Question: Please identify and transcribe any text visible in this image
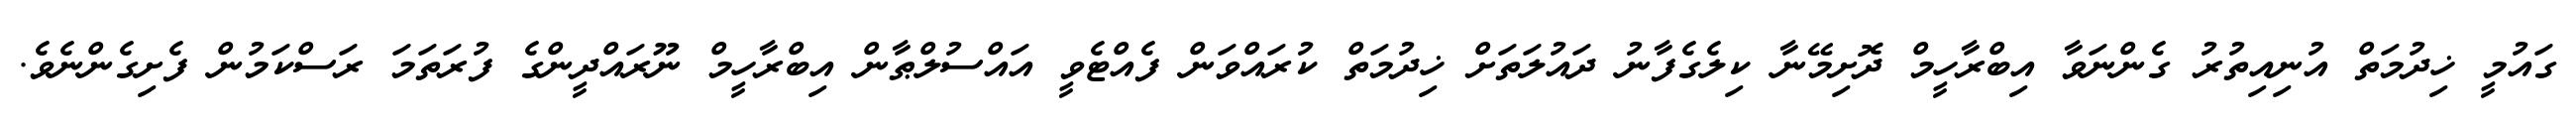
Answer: ގައުމީ ޚިދުމަތް އުނިއިތުރު ގެންނަވާ އިބްރާހީމް ދޮށިމޭނާ ކިލެގެފާނު ދައުލަތަށް ޚިދުމަތް ކުރައްވަން ފެއްޓެވީ އައްސުލްޠާން އިބްރާހީމް ނޫރައްދީންގެ ފުރަތަމަ ރަސްކަމުން ފެށިގެންނެވެ.